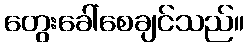
တွေးခေါ်စေချင်သည်။